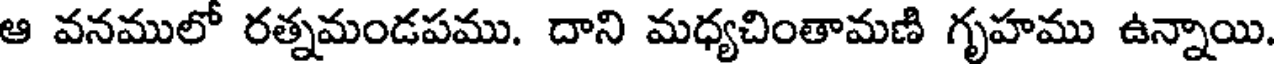
ఆ వనములో రత్నమండపము. దాని మధ్యచింతామణి గృహము ఉన్నాయి